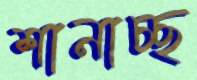
শানাচ্ছ